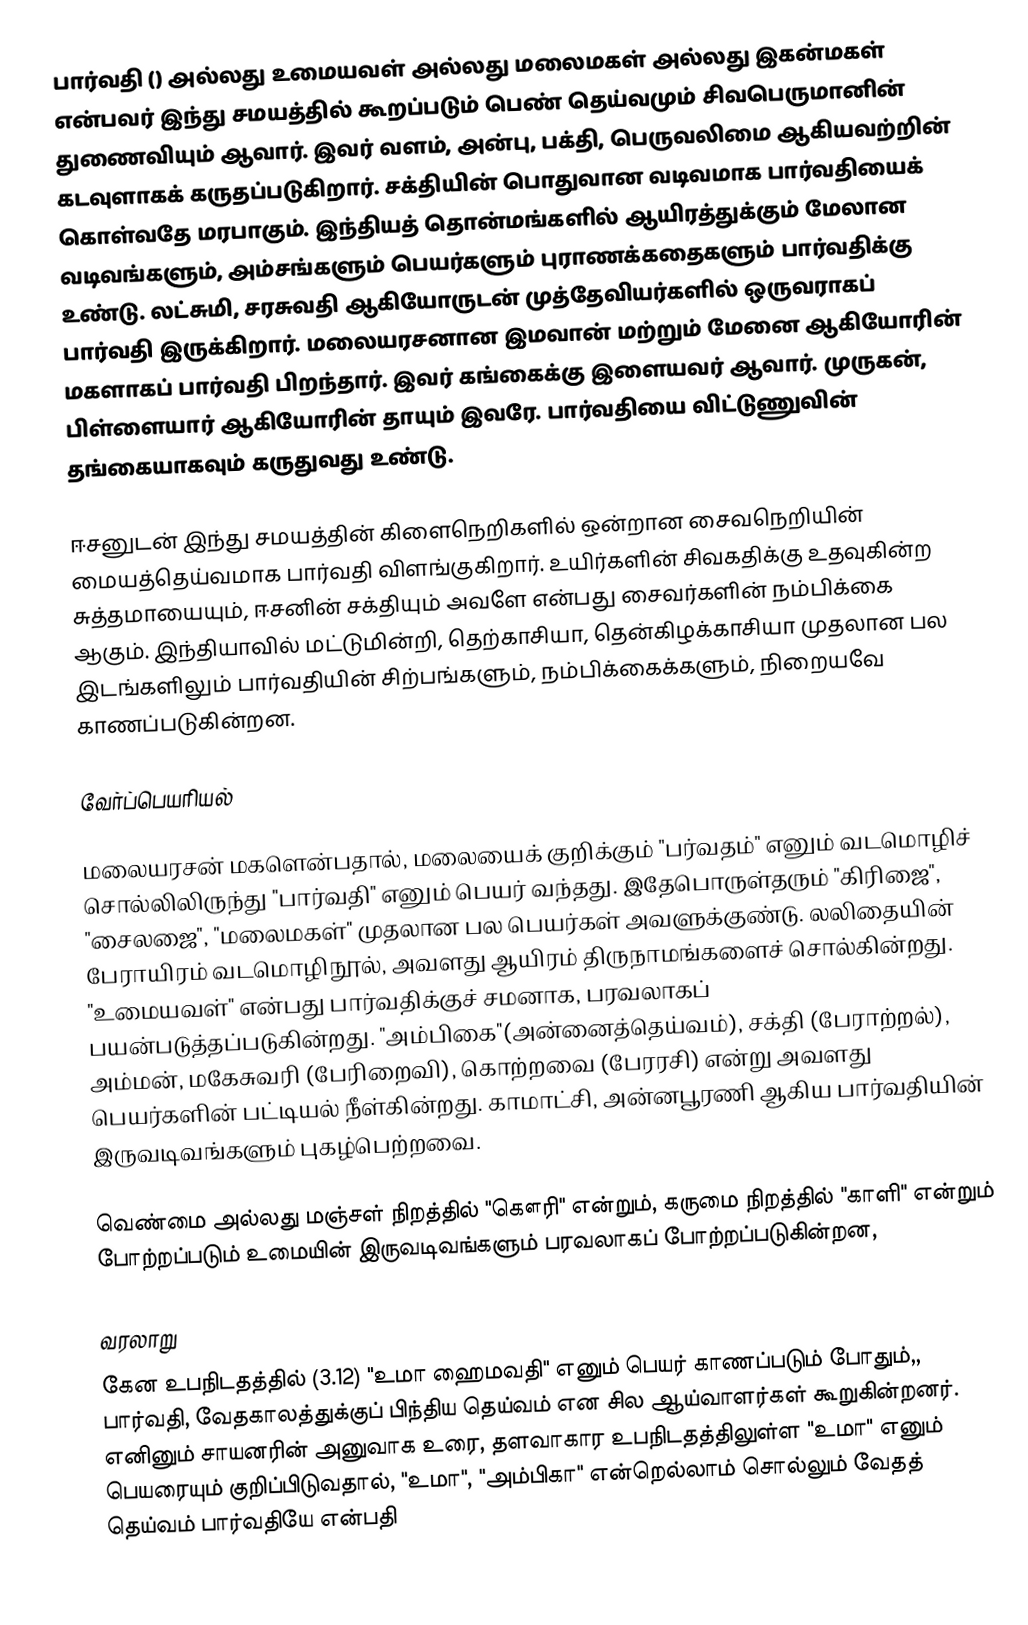
பார்வதி () அல்லது உமையவள் அல்லது மலைமகள் அல்லது இகன்மகள் என்பவர் இந்து சமயத்தில் கூறப்படும் பெண் தெய்வமும்  சிவபெருமானின் துணைவியும் ஆவார். இவர் வளம், அன்பு, பக்தி, பெருவலிமை ஆகியவற்றின் கடவுளாகக் கருதப்படுகிறார். சக்தியின் பொதுவான வடிவமாக பார்வதியைக் கொள்வதே மரபாகும். இந்தியத் தொன்மங்களில் ஆயிரத்துக்கும் மேலான வடிவங்களும், அம்சங்களும் பெயர்களும் புராணக்கதைகளும் பார்வதிக்கு உண்டு. லட்சுமி, சரசுவதி ஆகியோருடன் முத்தேவியர்களில் ஒருவராகப் பார்வதி இருக்கிறார். மலையரசனான இமவான் மற்றும் மேனை ஆகியோரின் மகளாகப் பார்வதி பிறந்தார். இவர் கங்கைக்கு இளையவர் ஆவார். முருகன், பிள்ளையார் ஆகியோரின் தாயும் இவரே. பார்வதியை விட்டுணுவின் தங்கையாகவும் கருதுவது உண்டு.

ஈசனுடன் இந்து சமயத்தின் கிளைநெறிகளில் ஒன்றான சைவநெறியின் மையத்தெய்வமாக பார்வதி விளங்குகிறார். உயிர்களின் சிவகதிக்கு உதவுகின்ற சுத்தமாயையும், ஈசனின் சக்தியும் அவளே என்பது சைவர்களின் நம்பிக்கை ஆகும். இந்தியாவில் மட்டுமின்றி, தெற்காசியா, தென்கிழக்காசியா முதலான பல இடங்களிலும் பார்வதியின் சிற்பங்களும், நம்பிக்கைக்களும், நிறையவே காணப்படுகின்றன.

வேர்ப்பெயரியல்

மலையரசன் மகளென்பதால், மலையைக் குறிக்கும் "பர்வதம்" எனும் வடமொழிச் சொல்லிலிருந்து "பார்வதி" எனும் பெயர் வந்தது. இதேபொருள்தரும் "கிரிஜை", "சைலஜை", "மலைமகள்" முதலான பல பெயர்கள் அவளுக்குண்டு. லலிதையின் பேராயிரம் வடமொழிநூல், அவளது ஆயிரம் திருநாமங்களைச் சொல்கின்றது. "உமையவள்" என்பது பார்வதிக்குச் சமனாக, பரவலாகப் பயன்படுத்தப்படுகின்றது. "அம்பிகை"(அன்னைத்தெய்வம்), சக்தி (பேராற்றல்), அம்மன், மகேசுவரி (பேரிறைவி), கொற்றவை (பேரரசி) என்று அவளது பெயர்களின் பட்டியல் நீள்கின்றது. காமாட்சி, அன்னபூரணி ஆகிய பார்வதியின் இருவடிவங்களும் புகழ்பெற்றவை.

வெண்மை அல்லது மஞ்சள் நிறத்தில் "கௌரி" என்றும், கருமை நிறத்தில் "காளி" என்றும் போற்றப்படும் உமையின் இருவடிவங்களும் பரவலாகப் போற்றப்படுகின்றன,

வரலாறு
கேன உபநிடதத்தில் (3.12) "உமா ஹைமவதி" எனும் பெயர் காணப்படும் போதும்,, பார்வதி, வேதகாலத்துக்குப் பிந்திய தெய்வம் என சில ஆய்வாளர்கள் கூறுகின்றனர். எனினும் சாயனரின் அனுவாக உரை, தளவாகார உபநிடதத்திலுள்ள "உமா" எனும் பெயரையும் குறிப்பிடுவதால், "உமா", "அம்பிகா" என்றெல்லாம் சொல்லும் வேதத் தெய்வம் பார்வதியே என்பதி